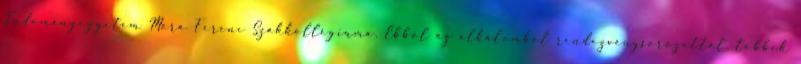
Tudományegyetem Móra Ferenc Szakkollégiuma. Ebből az alkalomból rendezvénysorozattal, többek